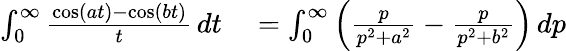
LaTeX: \begin{array}{rl}{\int_{0}^{\infty}{\frac{\cos(at)-\cos(bt)}{t}}\, dt}&{{}=\int_{0}^{\infty}\left({\frac{p}{p^{2}+a^{2}}}-{\frac{p}{p^{2}+b^{2}}}\right)\, dp}\end{array}